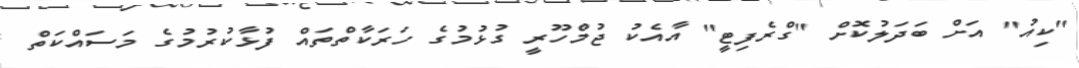
"ކިއު" އަށް ބަދަލުކޮށް "ގްރެފިޓީ" އާއެކު ޖުމްހޫރީ ގުޅުމުގެ ހަރަކާތްތައް ފުޅާކުރުމުގެ މަސައްކަތް